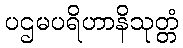
ပဌမပရိဟာနိသုတ္တံ